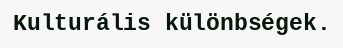
Kulturális különbségek.